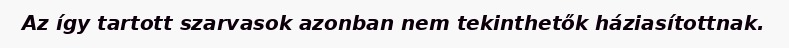
Az így tartott szarvasok azonban nem tekinthetők háziasítottnak.